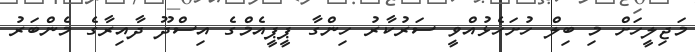
މަޖިލީހަށް މި ބިލް ހުށަހެޅުއްވީ ސަރުކާރު ހިންގާ ޕީޕީއެމްގެ އިސްދޫ ދާއިރާގެ މެންބަރު